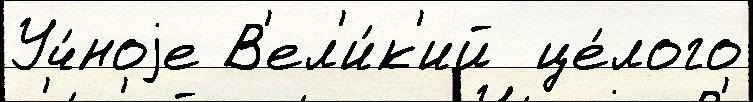
Уч́ноjе В'ел'и́к'ий  це́лого